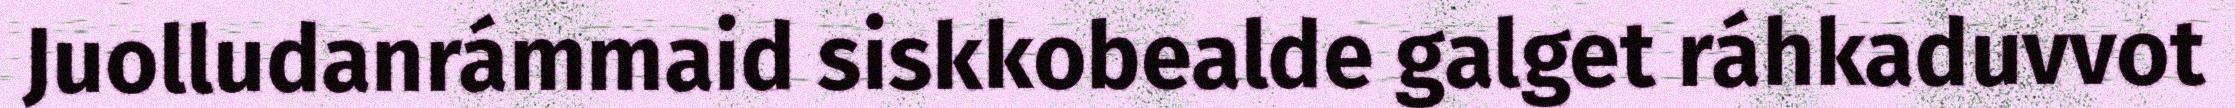
Juolludanrámmaid siskkobealde galget ráhkaduvvot